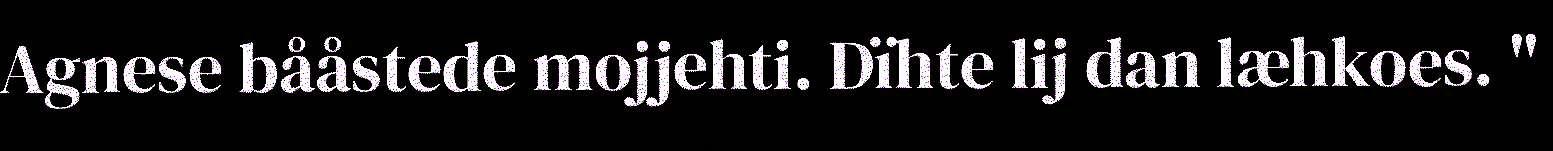
Agnese bååstede mojjehti. Dïhte lij dan læhkoes. "